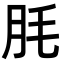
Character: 𦙤